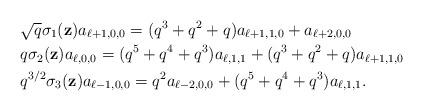
LaTeX: \begin{align*}&\sqrt{q}\sigma_1(\textbf{z})a_{\ell+1,0,0}=(q^3+q^2+q)a_{\ell+1,1,0}+a_{\ell+2,0,0}\\&{q}\sigma_2(\textbf{z})a_{\ell,0,0}=(q^5+q^4+q^3)a_{\ell,1,1}+(q^3+q^2+q)a_{\ell+1,1,0}\\& q^{3/2}\sigma_3(\textbf{z})a_{\ell-1,0,0}=q^2a_{\ell-2,0,0}+(q^5+q^4+q^3)a_{\ell,1,1}.\end{align*}